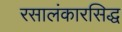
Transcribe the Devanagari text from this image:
रसालंकारसिद्ध